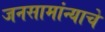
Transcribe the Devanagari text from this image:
जनसामांन्याचे